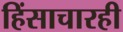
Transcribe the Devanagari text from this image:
हिंसाचारही